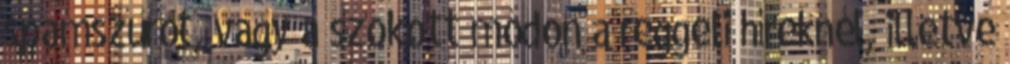
spamszűrőt, vagy a szokott módon a reggeli híreknél, illetve